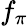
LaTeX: f_{\pi}